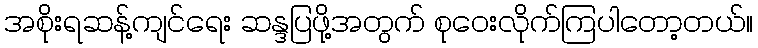
အစိုးရဆန့်ကျင်ရေး ဆန္ဒပြဖို့အတွက် စုဝေးလိုက်ကြပါတော့တယ်။